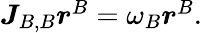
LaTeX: \begin{array}{r}{\boldsymbol{J}_{B,B}\boldsymbol{r}^{B}=\omega_{B}\boldsymbol{r}^{B}.}\end{array}